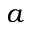
a